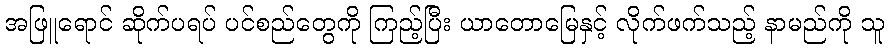
အဖြူရောင် ဆိုက်ပရပ် ပင်စည်တွေကို ကြည့်ပြီး ယာတောမြေနှင့် လိုက်ဖက်သည့် နာမည်ကို သူ